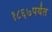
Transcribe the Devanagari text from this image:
१८६७पर्यंत